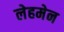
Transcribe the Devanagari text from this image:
लेहमेन